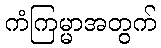
ကံကြမ္မာအတွက်